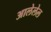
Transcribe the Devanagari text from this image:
आलेलेल